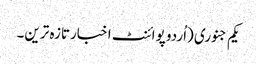
یکم جنوری (اُردو پوائنٹ اخبارتازہ ترین۔